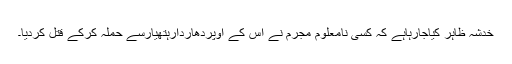
خدشہ ظاہر کیاجارہاہے کہ کسی نامعلوم مجرم نے اس کے اوپردھاردارہتھیارسے حملہ کرکے قتل کردیا۔